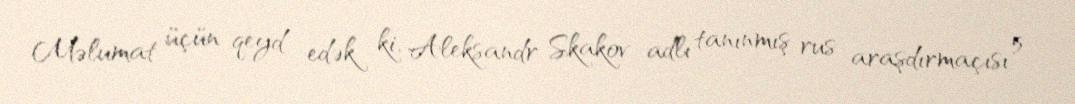
Məlumat üçün qeyd edək ki, Aleksandr Skakov adlı tanınmış rus araşdırmaçısı 5